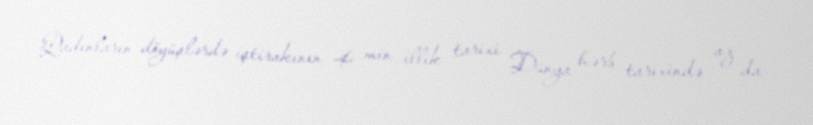
Qadınların döyüşlərdə iştirakının 4 min illik tarixi Dünya hərb tarixində az da